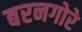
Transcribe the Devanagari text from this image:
बरनगोरे